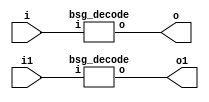


module top
(
  i,
  o,
  i1, // added for decompiling
  o1 // added for decompiling
);

  input [3:0] i;
  output [15:0] o;
  input [3:0] i1; // added for decompiling
  output [15:0] o1; // added for decompiling

  bsg_decode
  wrapper
  (
    .i(i),
    .o(o)
  );

  bsg_decode
  wrapper1
  (
    .i(i1), // added for decompiling
    .o(o1) // added for decompiling
  );
  

endmodule



module bsg_decode
(
  i,
  o
);

  input [3:0] i;
  output [15:0] o;
  wire [15:0] o;
  assign o = { 1'b0, 1'b0, 1'b0, 1'b0, 1'b0, 1'b0, 1'b0, 1'b0, 1'b0, 1'b0, 1'b0, 1'b0, 1'b0, 1'b0, 1'b0, 1'b1 } << i;

endmodule